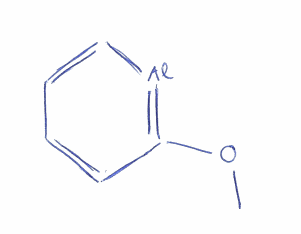
Simplified molecular-input line-entry system (SMILES) notation of the given molecule:
COC1=[Al]C=CC=C1